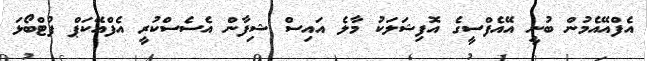
އެފްއޭއެމުން ބުނީ އޭއެފްސީގެ އޮފިޝަލަކު މާލެ އައިސް ޝިފާން އެސެސްކުރީ އެފްއޭކަޕް ފުޓްބޯޅަ